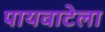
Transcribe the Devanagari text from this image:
पायवाटेला